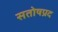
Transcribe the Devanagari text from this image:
सतोषप्रद